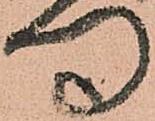
門